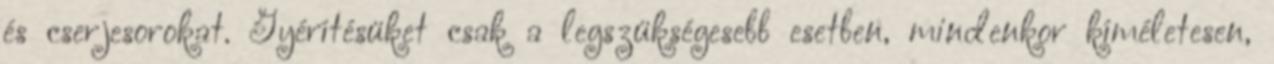
és cserjesorokat. Gyérítésüket csak a legszükségesebb esetben, mindenkor kíméletesen,